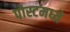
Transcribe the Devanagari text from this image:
पोस्टमध्ये